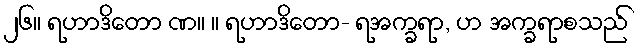
၂၆။ ရဟာဒိတော ဏ။ ။ ရဟာဒိတော- ရအက္ခရာ, ဟ အက္ခရာစသည်